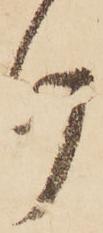
け